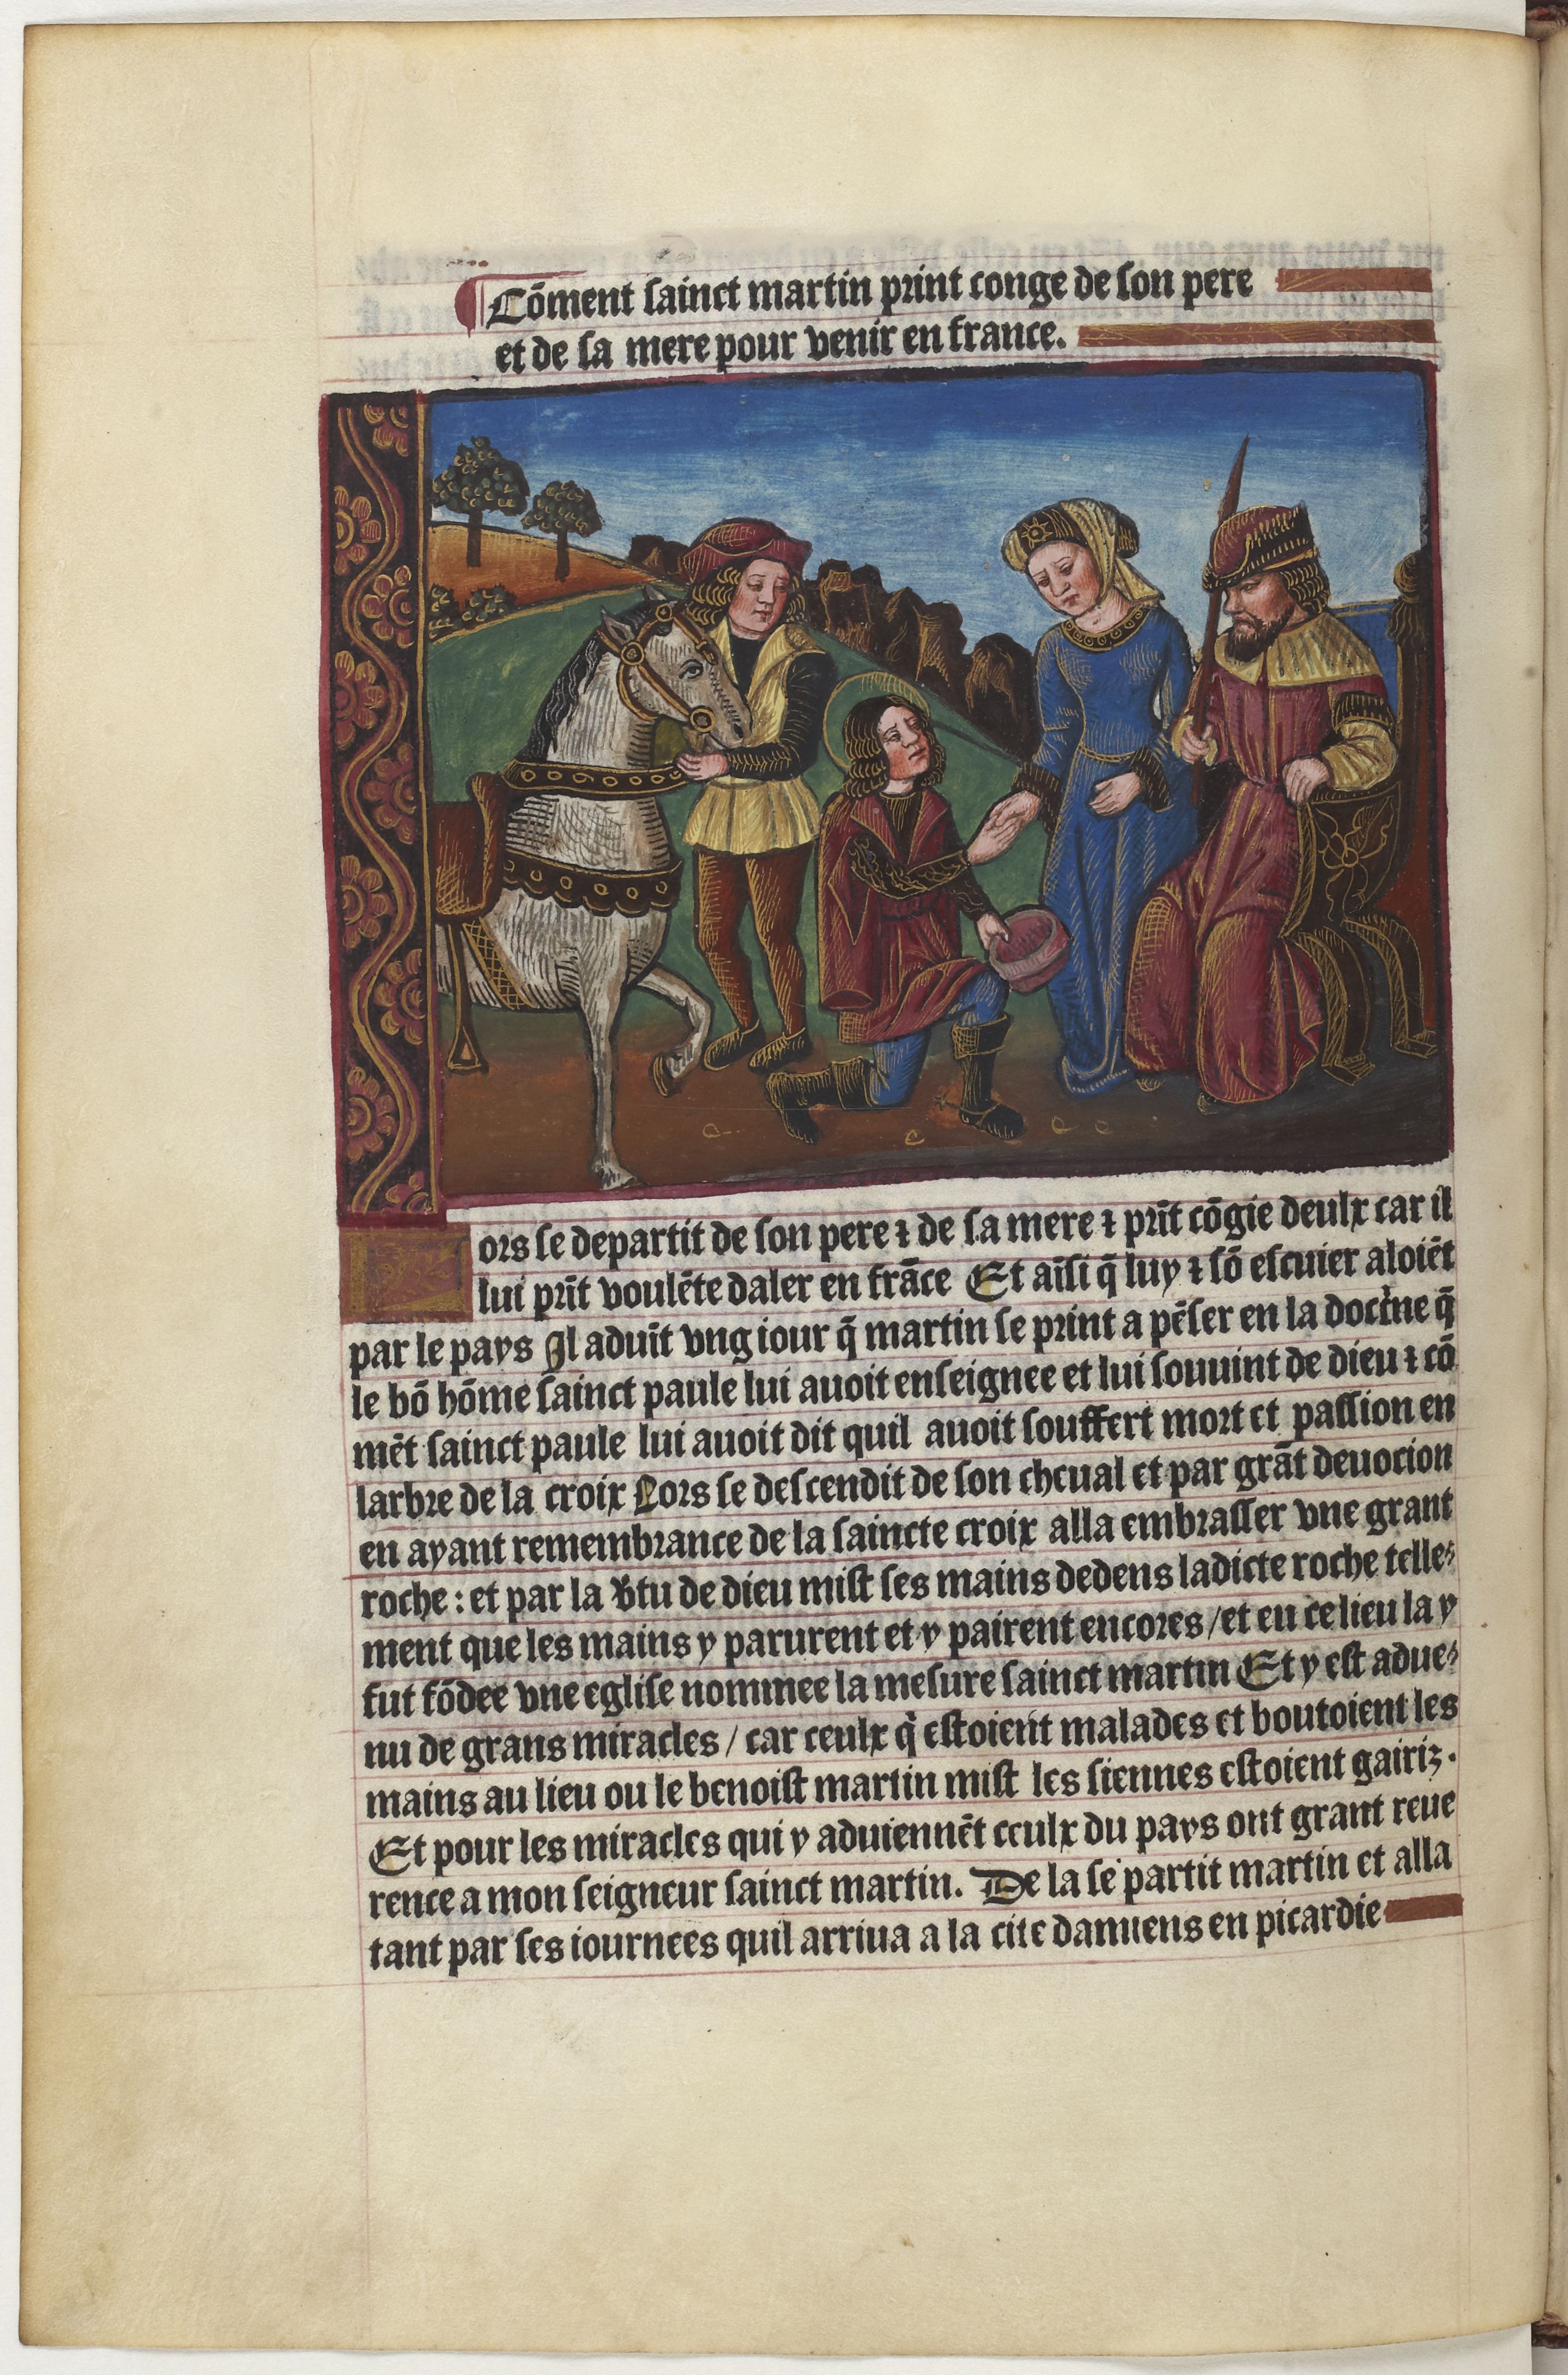
Shelfmark: Paris, BnF, Velins 1159
Century: 15